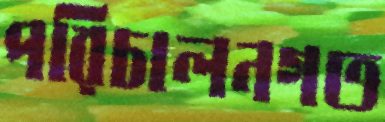
পরিচালনগত